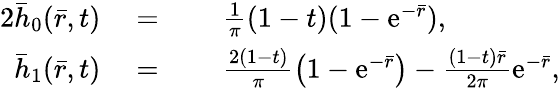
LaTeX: \begin{array}{rlrl}{{2}\bar{h}_{0}(\bar{r},t)}&{\; =}&&{\; \frac{1}{\pi}(1-t)(1-\mathrm{e}^{-\bar{r}}),}\\ {\bar{h}_{1}(\bar{r},t)}&{\; =}&&{\; \frac{2(1-t)}{\pi}\left(1-\mathrm{e}^{-\bar{r}}\right)-\frac{(1-t)\bar{r}}{2\pi}\mathrm{e}^{-\bar{r}},}\end{array}